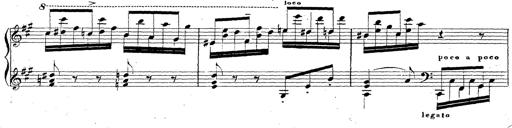
Title: Chanson bohÃ©mienne
Composer: Franz Liszt